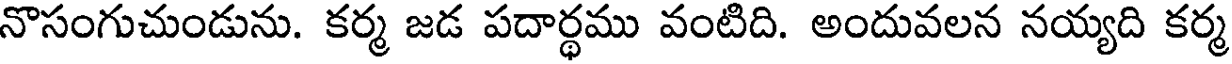
నొసంగుచుండును. కర్మ జడ పదార్థము వంటిది. అందువలన నయ్యది కర్మ